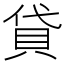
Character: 貸